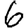
Digit: 6